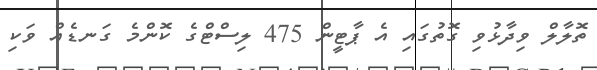
ތޮލާލް ވިދާޅުވި ގޮތުގައި އެ ޕާޓީން 475 ލިސްޓްގެ ކޮންމެ ގަނޑެއް ވަކި